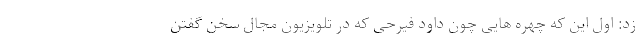
زد: اول این که چهره هایی چون داود فیرحی که در تلویزیون مجال سخن گفتن